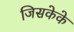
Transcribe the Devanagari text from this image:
जिसकेके